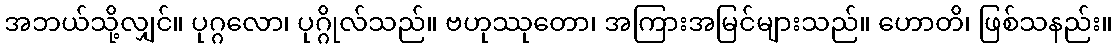
အဘယ်သို့လျှင်။ ပုဂ္ဂလော၊ ပုဂ္ဂိုလ်သည်။ ဗဟုဿုတော၊ အကြားအမြင်များသည်။ ဟောတိ၊ ဖြစ်သနည်း။